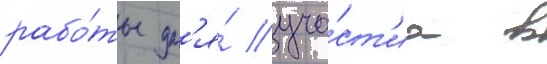
рабо́ты дл'я́ уча́ст'иа в